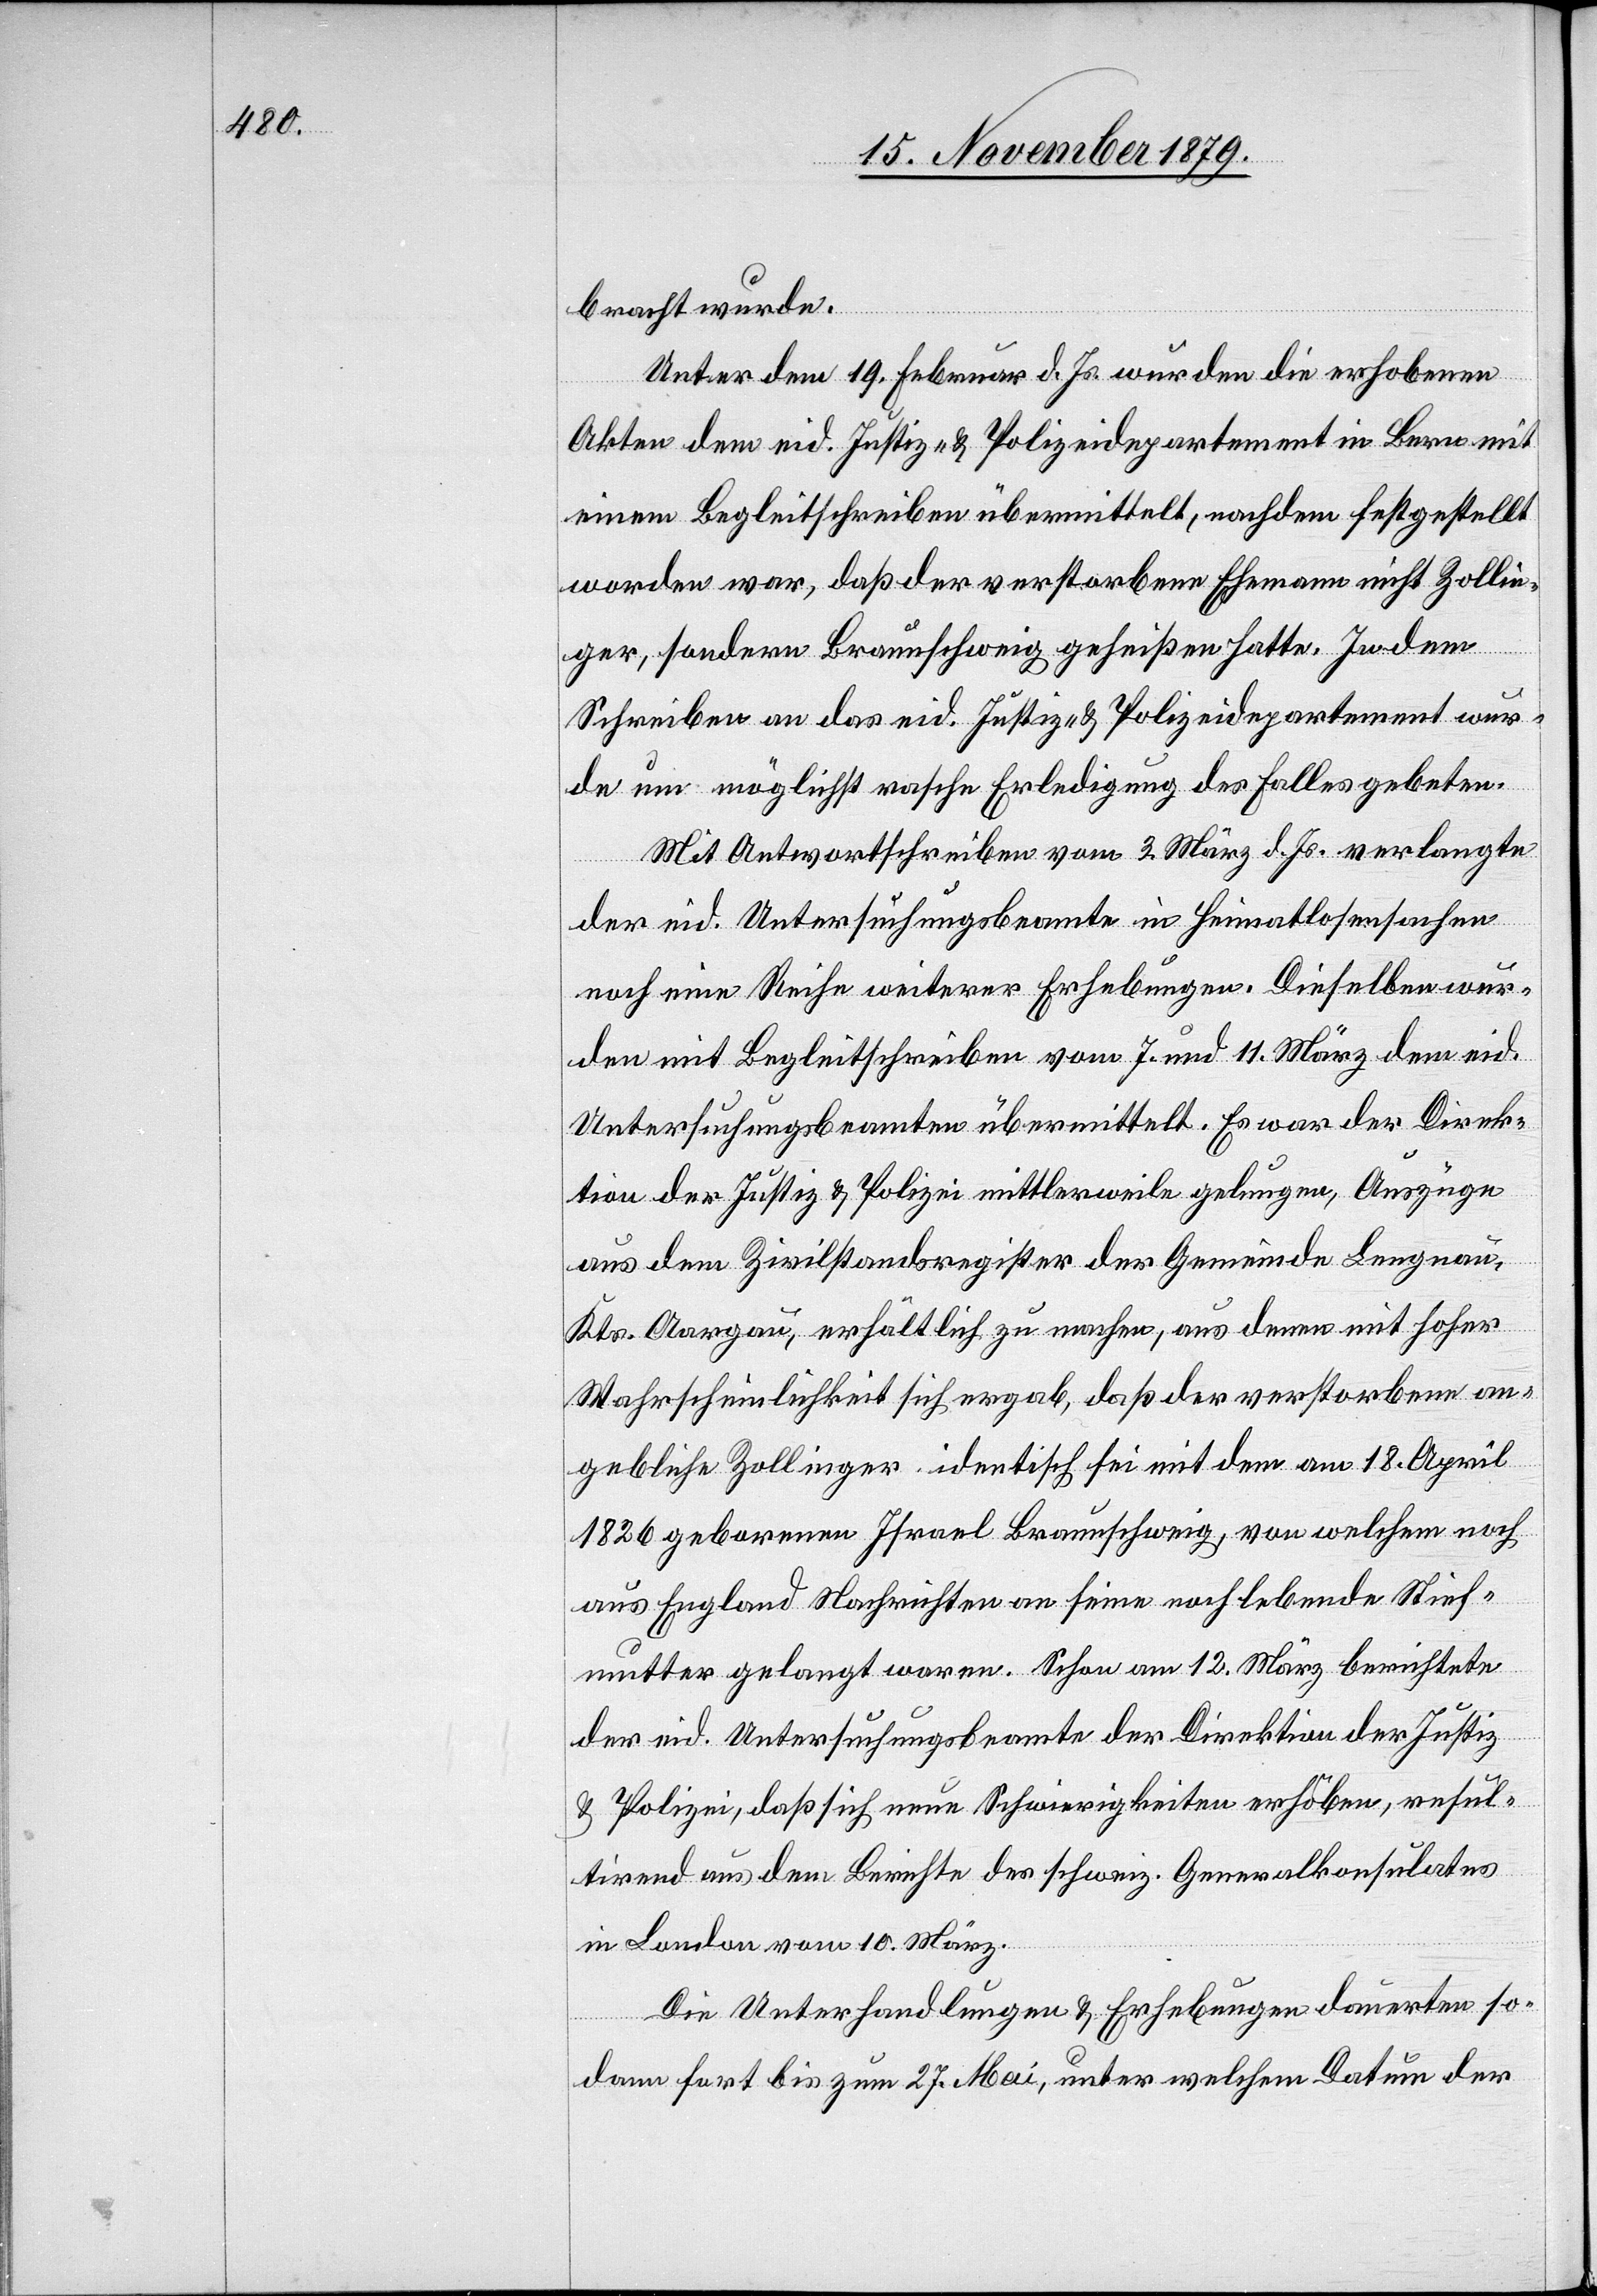
bracht werde.
Unter dem 19. Februar d. Js. wurden die erhobenen
Akten dem eid. Justiz- & Polizeidepartement in Bern mit
einem Begleitschreiben übermittelt, nachdem festgestellt
worden war, daß der verstorbene Ehemann nicht Zollin¬
ger, sondern Braunschweig geheißen hatte. In dem
Schreiben an das eid. Justiz- & Polizeidepartement wur¬
de um möglichst rasche Erledigung des Falles gebeten.
Mit Antwortschreiben vom 3. März d. Js. verlangte
der eid. Untersuchungsbeamte in Heimatlosensachen
noch eine Reihe weiterer Erhebungen. Dieselben wur¬
den mit Begleitschreiben vom 7. und 11. März dem eid.
Untersuchungsbeamten übermittelt. Es war der Direk¬
tion der Justiz & Polizei mittlerweile gelungen, Auszüge
aus dem Zivilstandsregister der Gemeinde Lengnau,
Kts. Aargau, erhältlich zu machen, aus denen mit hoher
Wahrscheinlichkeit sich ergab, daß der verstorbene an¬
gebliche Zollinger identisch sei mit dem am 18. April
1826 geborenen Israel Braunschweig, von welchem noch
aus England Nachrichten an seine noch lebende Stief¬
mutter gelangt waren. Schon am 12. März berichtete
der eid. Untersuchungsbeamte der Direktion der Justiz
& Polizei, daß sich neue Schwierigkeiten erhöben, resul¬
tirend aus dem Berichte des schweiz. Generalkonsulates
in London vom 10. März.
Die Unterhandlungen & Erhebungen dauerten so¬
dann fort bis zum 27. Mai, unter welchem Datum der